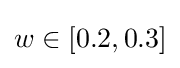
w\in [0.2,0.3]